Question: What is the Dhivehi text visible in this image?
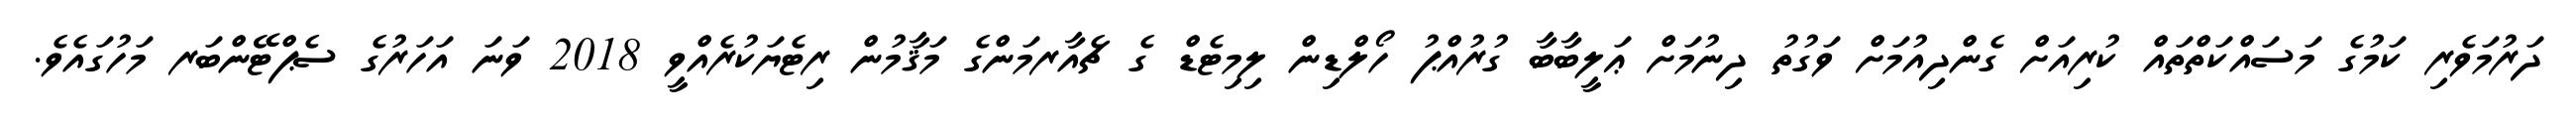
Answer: ދަރުމަވެރި ކަމުގެ މަސައްކަތްތައް ކުރިއަށް ގެންދިއުމަށް ވަގުތު ދިނުމަށް ޢަލީބާބާ ގުރުއްޕު ހޯލްޑިން ލިމިޓެޑް ގެ ޗެއާރމަންގެ މަޤާމުން ރިޓެޔަކުރެއްވީ 2018 ވަނަ އަހަރުގެ ސެޕްޓޭންބަރ މަހުގައެވެ.